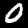
Digit: 0